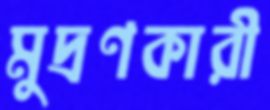
মুদ্রণকারী